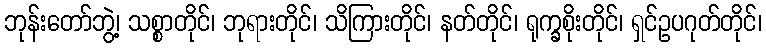
ဘုန်းတော်ဘွဲ့၊ သစ္စာတိုင်၊ ဘုရားတိုင်၊ သိကြားတိုင်၊ နတ်တိုင်၊ ရုက္ခစိုးတိုင်၊ ရှင်ဥပဂုတ်တိုင်၊